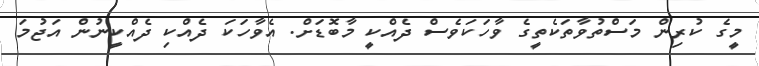
މީގެ ކުރިން މަސްތުވާތަކެތީގެ ވާހަކަވެސް ދެއްކީ މާބޮޑަށް. އެވާހަކަ ދެއްކި ދެއްކީނުން އަޖުމަ